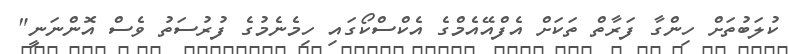
ކުލަބުތަށް ހިންގާ ފަރާތް ތަކަށް އެފްއޭއެމްގެ އެކްސްކޯގައި ހިމެނެމުގެ ފުރުސަތު ވެސް އޮންނަނީ"